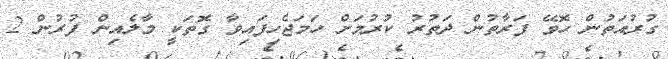
ގުރުއަތުން ހޮވޭ ފަރާތުން ދަތުރު ކުރުމަށް ހަމަޖެހިފައިވާ ގޮތަކީ މާލެއިން ފުރުން 2